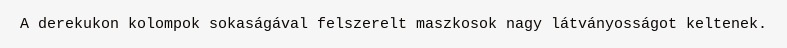
A derekukon kolompok sokaságával felszerelt maszkosok nagy látványosságot keltenek.